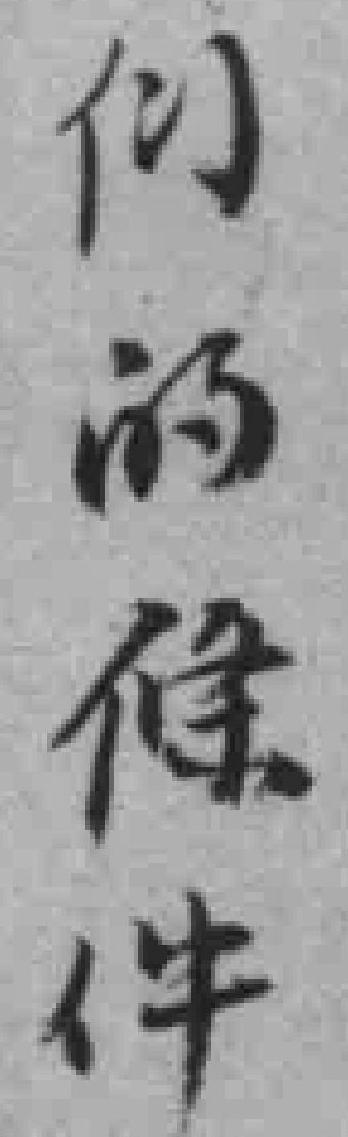
们的條件